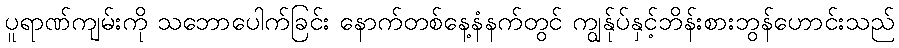
ပူရာဏ်ကျမ်းကို သဘောပေါက်ခြင်း နောက်တစ်နေ့နံနက်တွင် ကျွန်ုပ်နှင့်ဘိန်းစားဘွန်ဟောင်းသည်